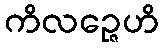
ကိလဉ္ဇေဟိ